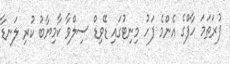
ފުރަތަމަ ހާފްގެ އެންމެ ފަހު މިނިޓުގައި ޑޭވިޑް ސިލްވާ ކާމިޔާބު ކުރި ލަނޑާ